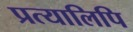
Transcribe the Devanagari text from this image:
प्रत्यालिपि